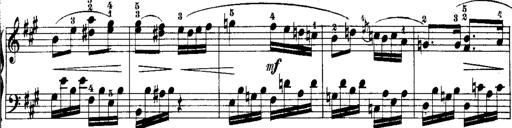
Title: Rondos and Sonatinas for Pianoforte
Composer: Daniel Steibelt